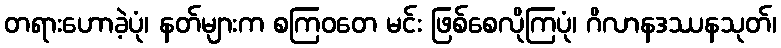
တရားဟောခဲ့ပုံ၊ နတ်များက စကြဝတေ မင်း ဖြစ်စေလိုကြပုံ၊ ဂိလာနဒဿနသုတ်၊